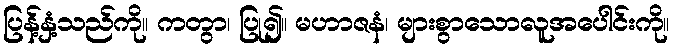
ပြန့်နှံ့သည်ကို။ ကတွာ၊ ပြု၍။ မဟာဇနံ၊ များစွာသောလူအပေါင်းကို။